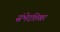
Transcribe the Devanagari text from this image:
संभेदशिखर